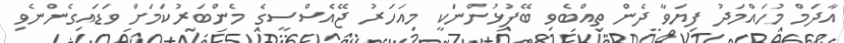
އާދަމް މުހައްމަދު ފިޔަވާ ދެން ތިއްބެވި ބޭފުޅުންނަކީ މިއަހަރު ޖޭއެސްސީގެ މެންބަރުކަމަށް ވަޑައިގެންނެވި